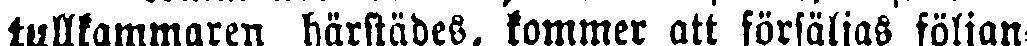
tullkammaren härstädes, kommer att försäljas följan-